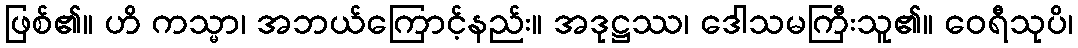
ဖြစ်၏။ ဟိ ကသ္မာ၊ အဘယ်ကြောင့်နည်း။ အဒုဋ္ဌဿ၊ ဒေါသမကြီးသူ၏။ ဝေရီသုပိ၊